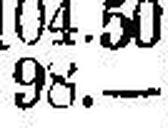
98.—